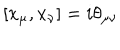
\left[ x _ { \mu } , x _ { \nu } \right] = i \theta _ { \mu \nu }